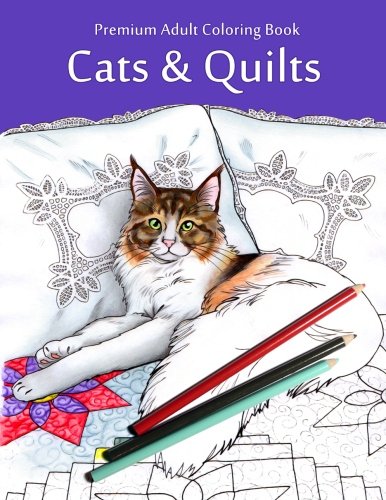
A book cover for Cats & Quilts: Adult Coloring Book; Jason Hamilton; Humor & Entertainment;